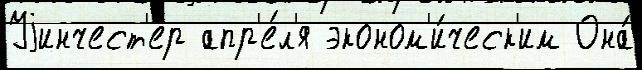
Уjинчест'ер апр'е́л'я эконом'и́ческ'им Она́